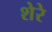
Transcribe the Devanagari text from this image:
शेरेे